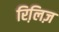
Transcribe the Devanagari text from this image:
रिलि़ज़